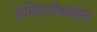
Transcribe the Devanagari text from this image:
सीमेपलीकडील